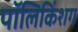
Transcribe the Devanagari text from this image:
पॉलिकिंशग